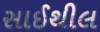
સાઈથીલ